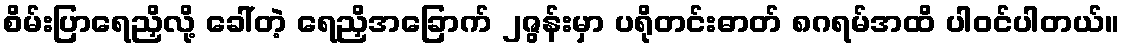
စိမ်းပြာရေညှိလို့ ခေါ်တဲ့ ရေညှိအခြောက် ၂ဇွန်းမှာ ပရိုတင်းဓာတ် ၈ဂရမ်အထိ ပါဝင်ပါတယ်။